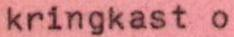
kringkast o